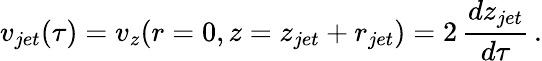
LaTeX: v_{jet}(\tau)=v_{z}(r=0,z=z_{jet}+r_{jet})=2\, \frac{dz_{jet}}{d\tau}\, .